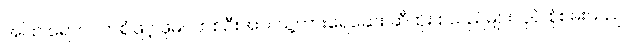
အပြာ ရောင်ဝတ်စုံဖြင့် ဖိုမင်တစ်ဦးအား သူ့ကားရေဆေး ဆီထိုး စသည်များလုပ် စုံစမ်းသည်။